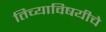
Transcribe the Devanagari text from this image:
तिच्याविषयीचे